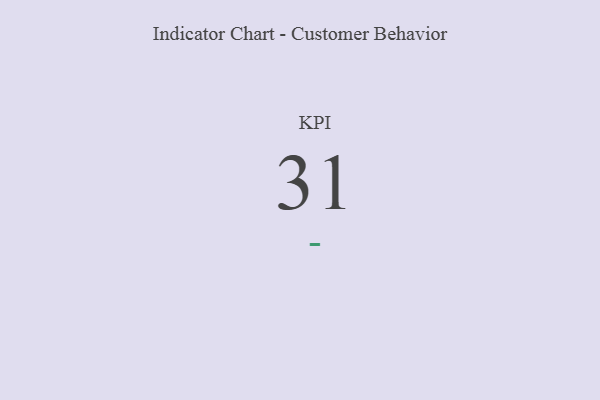
{"axis": {"x": "KPI", "y": "Value"}, "legend": [""], "data": [{"x": "KPI", "y": 31, "type": ""}]}